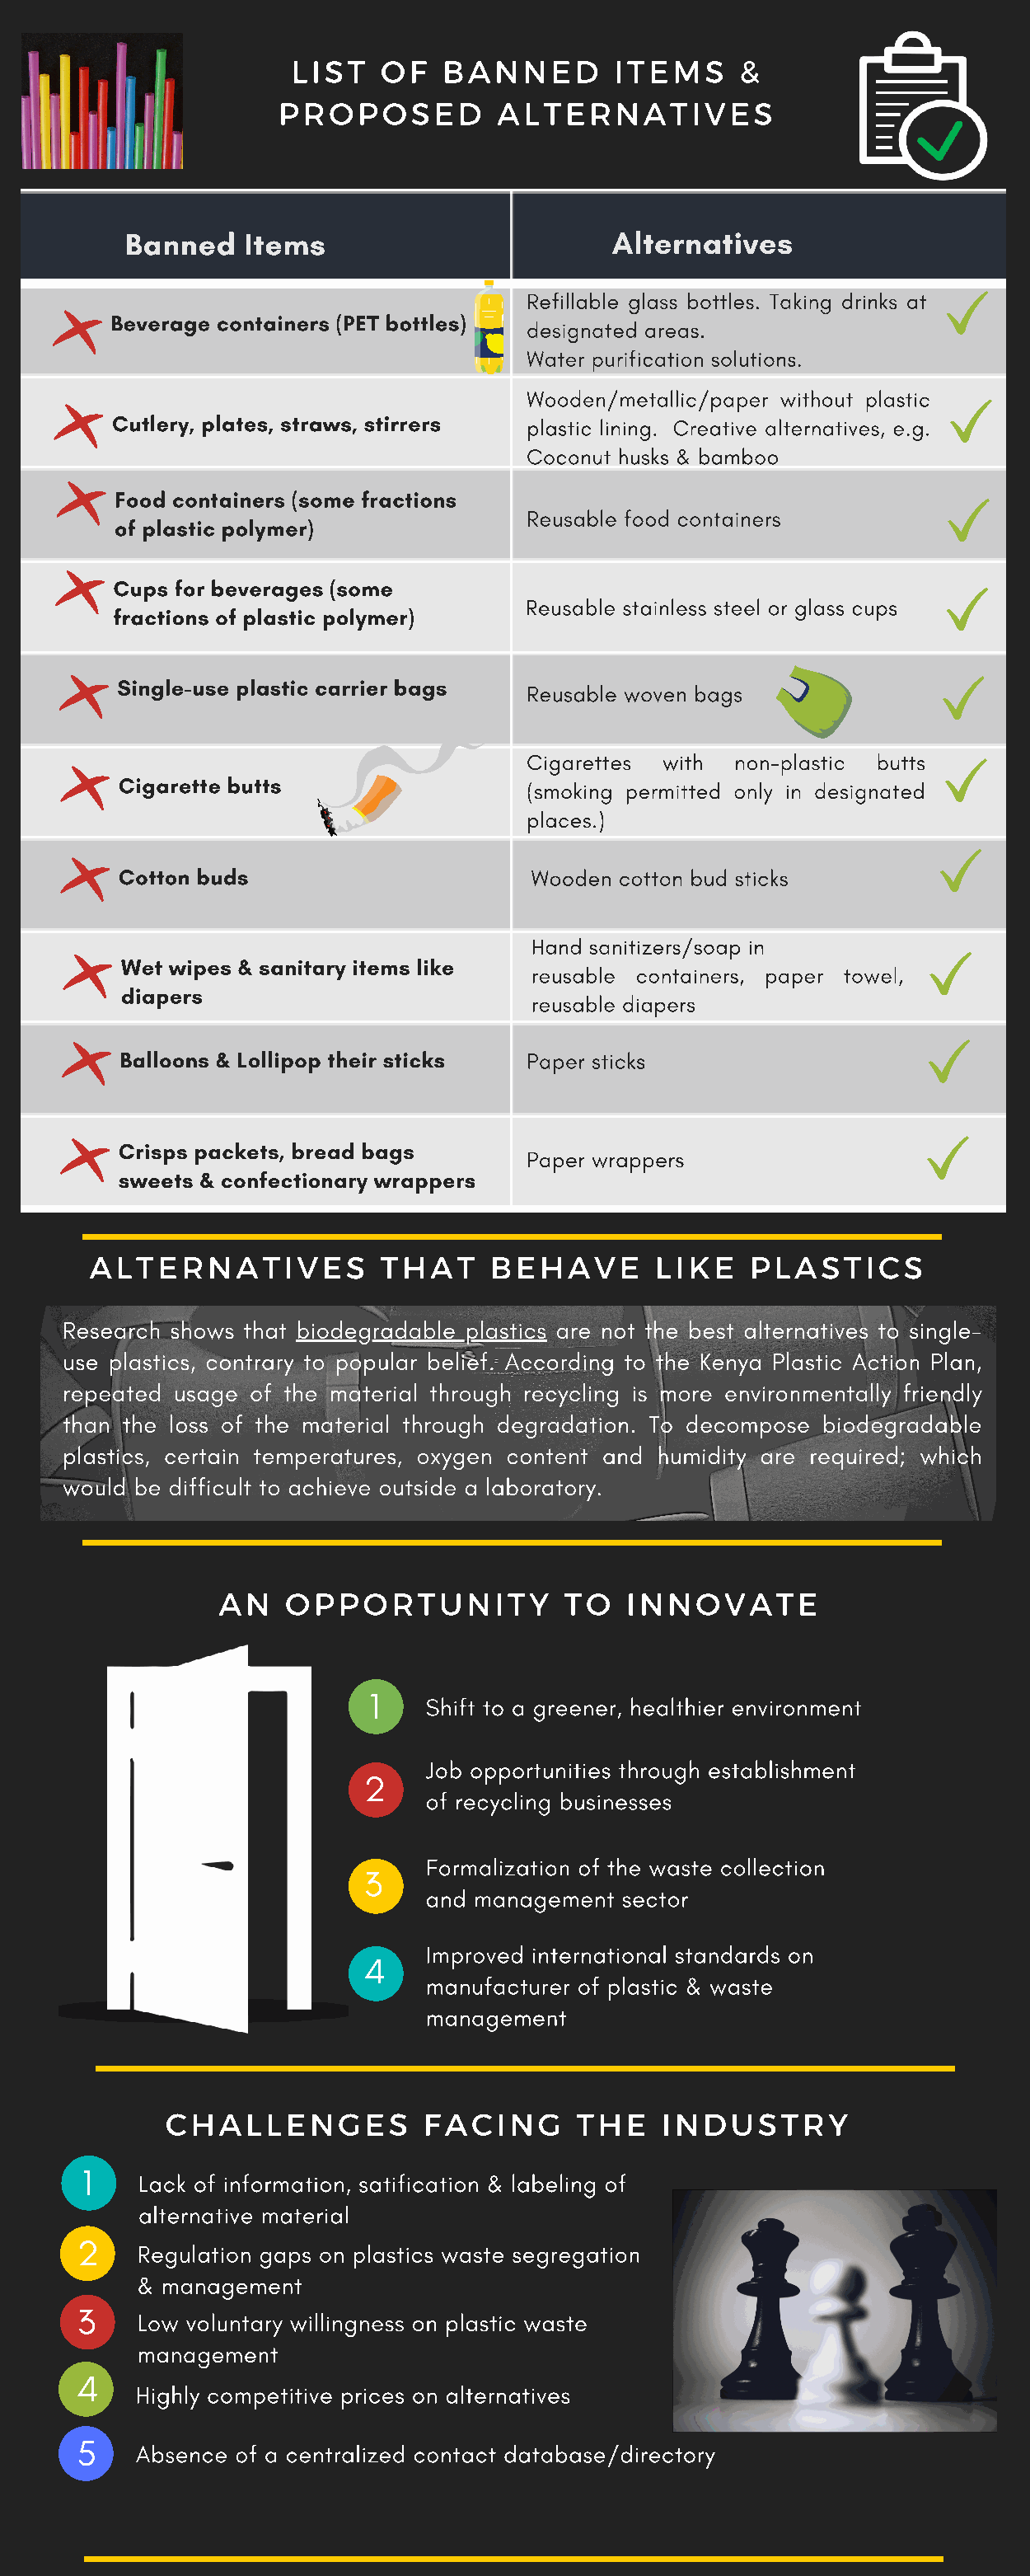
LIST    OF   BANNED       ITEMS     &
 PROPOSED          ALTERNATIVES
 Banned    Items                        Alternatives
 Refillable glass bottles. Taking drinks at
 Beverage containers (PET bottles)
 designated areas.
 Water purification solutions.
 Wooden/metallic/paper without plastic
 Cutlery, plates, straws, stirrers plastic lining. Creative alternatives, e.g.
 Coconut husks & bamboo
 Food containers (some fractions
 Reusable food containers
 of plastic polymer)
 Cups for beverages (some
 Reusable stainless steel or glass cups
 fractions of plastic polymer)
 Single-use plastic carrier bags
 Reusable woven bags
 Cigarettes with  non-plastic butts
 Cigarette butts
 (smoking permitted only in designated
 places.)
 Cotton buds                      Wooden cotton bud sticks
 Hand sanitizers/soap in
 Wet wipes & sanitary items like
 reusable containers, paper towel,
 diapers
 reusable diapers
 Balloons & Lollipop their sticks Paper sticks
 Crisps packets, bread bags
 Paper wrappers
 sweets & confectionary wrappers
 ALTERNATIVES            THAT    BEHAVE        LIKE   PLASTICS
 Research shows that biodegradable plastics are not the best alternatives to single-
 use plastics, contrary to popular belief. According to the Kenya Plastic Action Plan,
 repeated usage of the material through recycling is more environmentally friendly
 than the loss of the material through degradation. To decompose biodegradable
 plastics, certain temperatures, oxygen content and humidity are required; which
 would be difficult to achieve outside a laboratory.
 AN   OPPORTUNITY           TO   INNOVATE
 1
 Shift to a greener, healthier environment
 Job opportunities through establishment
 2
 of recycling businesses
 Formalization of the waste collection
 3
 and management  sector
 Improved international standards on
 4
 manufacturer of plastic & waste
 management
 CHALLENGES           FACING      THE    INDUSTRY
 1
 Lack of information, satification & labeling of
 alternative material
 2
 Regulation gaps on plastics waste segregation
 & management
 3
 Low voluntary willingness on plastic waste
 management
 4
 Highly competitive prices on alternatives
 5
 Absence of a centralized contact database/directory